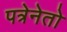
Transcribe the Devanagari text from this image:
पत्रेनेतो